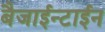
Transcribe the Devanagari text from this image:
बैजाईन्टाईन